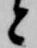
と